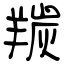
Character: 羰